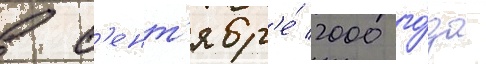
в с'ент'ябр'е́ 2000 го́да